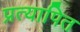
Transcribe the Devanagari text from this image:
प्रत्यापित